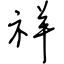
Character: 祥